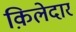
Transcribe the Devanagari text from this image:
क़िलेदार